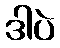
ဒါပဲ